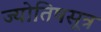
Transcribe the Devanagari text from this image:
ज्योतिषसूत्र